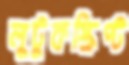
লুটুকস্ক্রিপ্ট